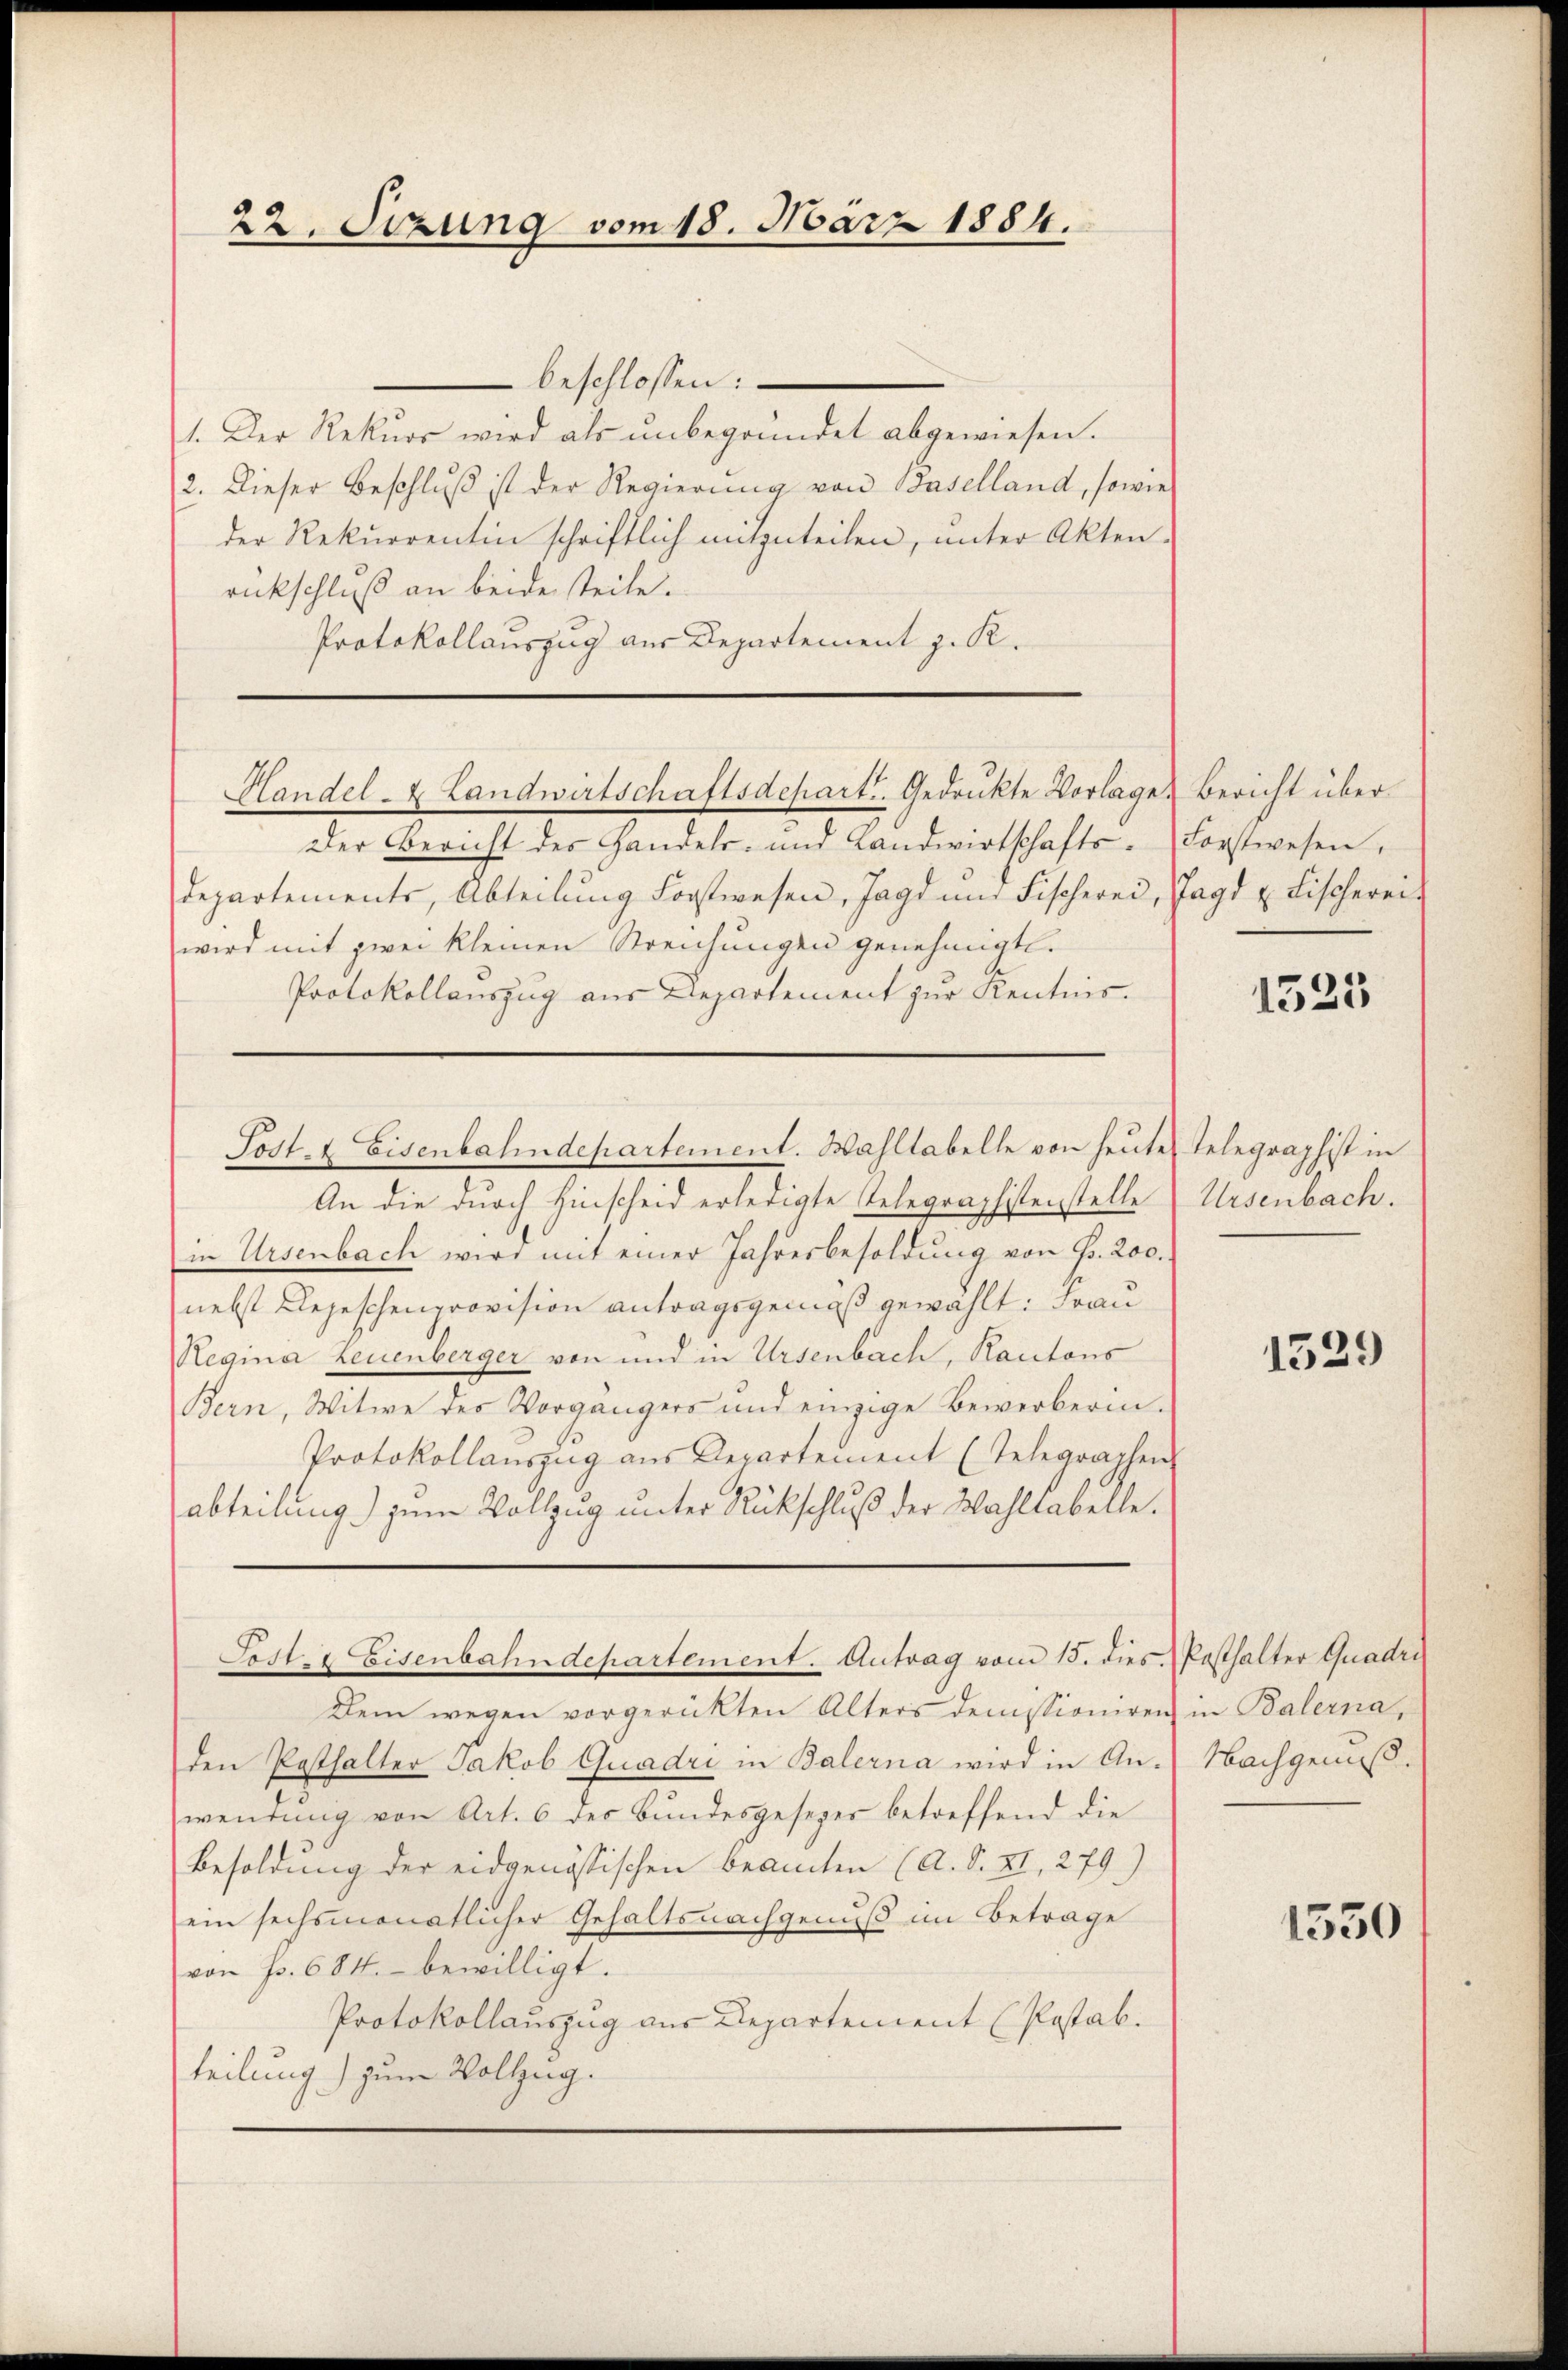
22. Sizung vom 18. März 1884.

—
beschlossen:
1. Der Rekurs wird als unbegründet abgewiesen.
2. Dieser Beschluß ist der Regierung von Baselland, sowies
der Rekurrentin schriftlich mitzuteilen, unter Akten-
rückschluß an beide steile.
Protokollauszug aus Departement z. R.
Handel- & Landwirtschaftsdepart. Gedrukte Vorlage. Bericht über
Der Bericht des Handels- und Landwirtschafts-Forstwesen,
departements, Abteilung Forstwesen, Jagd und Fischerei, Jagd u. Fischereiwird mit zwei kleinen Streichungen genehmigt.
Protokollauszug aus Departement zur Kentnis.
Sost- & Eisenbahndepartement. Wahltabelle von heute Telegraphist in
An die durch Hinscheid erledigte Telegraphistenstelle (Ursenbach.
in Ursenbach wird mit einer Jahresbesoldung von Fr. 200.
nebst Depeschenprovision antragsgemäß gewählt: Frau
Regina Leuenberger von und in Ursenbach, Kantons
Bern, Witwe des Vorgängers und einzige Bewerberin¬
Protokollanszug aus Departement (Telegraphen
abteilung) zum Vollzug unter Rückschluß der Wahltabelle.

Fest eisenbahndepartement. Antrag vom 15. dies

Dein wegen vorgerückten Alters denssioniren in Balerna,
den Pesthalter Jakob Guadri in Balerna wird in Anwendung von Art. 6 der Bundesgesezer betreffend die
Besoldung der eidgenössischen Beamten (A. S. XI, 279)
ein sechsmonatlicher Gehaltsnachgenuß im Betrage
von Fr. 684. bewilligt.
Protokollauszug aus Departement (Postab.
teilung) zum Vollzug.

1525

1529

Posthalter Quadri
Nachgenuß.

1550